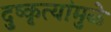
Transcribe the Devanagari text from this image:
दुष्कृत्यांमुळे